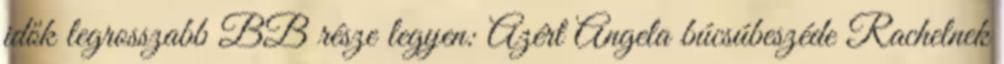
idők legrosszabb BB része legyen: Azért Angela búcsúbeszéde Rachelnek